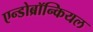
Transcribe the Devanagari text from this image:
एन्डोब्रॉन्कियल